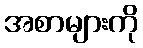
အစာများကို